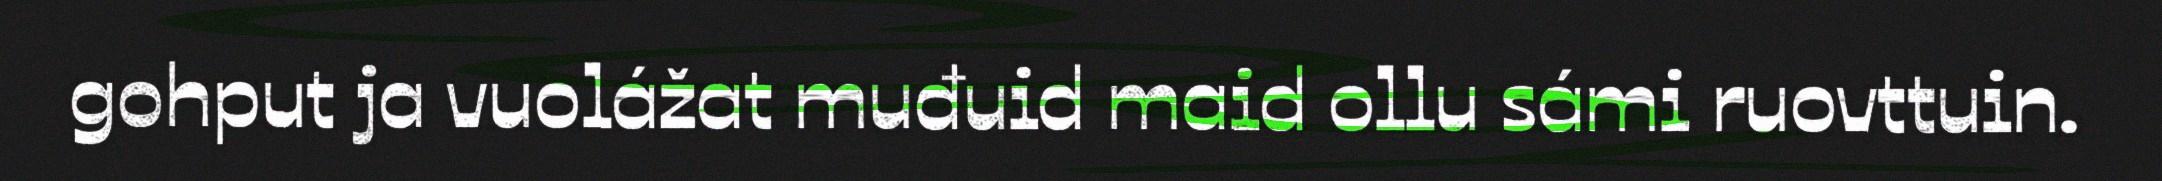
gohput ja vuolážat muđuid maid ollu sámi ruovttuin.